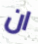
ان